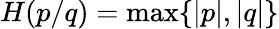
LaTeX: H(p/q)=\operatorname*{max}\{ |p|,|q|\}